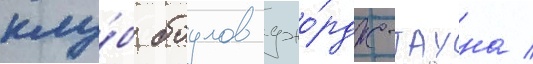
клу́б боулов джо́рдж-тауна /